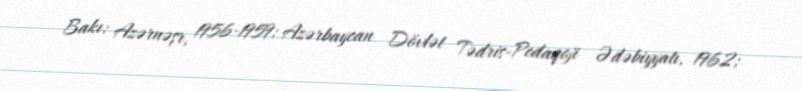
Bakı: Azərnəşr, 1956-1959; Azərbaycan Dövlət Tədris-Pedaqoji Ədəbiyyatı, 1962;